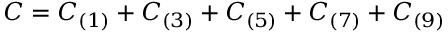
C = C _ { ( 1 ) } + C _ { ( 3 ) } + C _ { ( 5 ) } + C _ { ( 7 ) } + C _ { ( 9 ) }